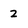
Character: 2